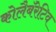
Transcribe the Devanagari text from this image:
कोलैबॅरेटिव